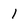
Character: 1